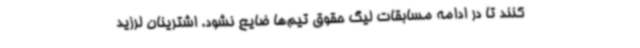
کنند تا در ادامه مسابقات لیگ حقوق تیم‌ها ضایع نشود. اشترینان لرزید